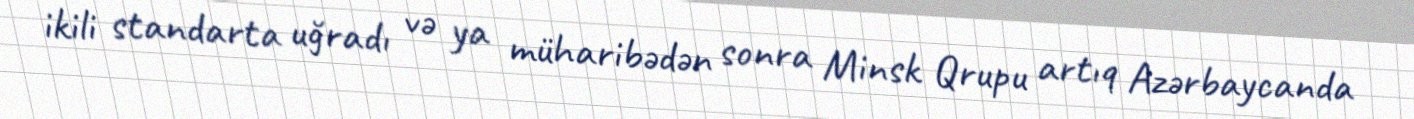
ikili standarta uğradı və ya müharibədən sonra Minsk Qrupu artıq Azərbaycanda